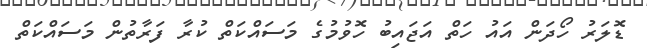
ޑޮލަރު ހޯދަން އައު ހަތް އަޖައިބު ހޮވުމުގެ މަސައްކަތް ކުރާ ފަރާތުން މަސައްކަތް